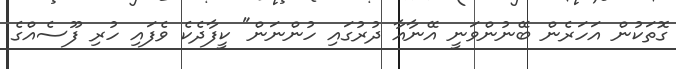
ގޮތަކުން އަހަރެން ބޭނުންވަނީ އޭނާއާ ދުރުގައި ހުންނަން" ކީފާދެކެ ވެފައި ހުރި ފޫސެއްގެ